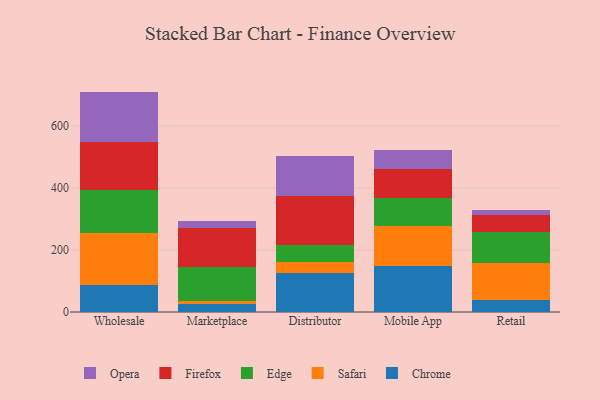
{"axis": {"x": "Channel", "y": "Waste Production (Tons)"}, "legend": ["Chrome", "Edge", "Firefox", "Opera", "Safari"], "data": [{"x": "Wholesale", "y": 87.0, "type": "Chrome"}, {"x": "Wholesale", "y": 168.6, "type": "Safari"}, {"x": "Wholesale", "y": 139.2, "type": "Edge"}, {"x": "Wholesale", "y": 152.4, "type": "Firefox"}, {"x": "Wholesale", "y": 163.8, "type": "Opera"}, {"x": "Marketplace", "y": 27.0, "type": "Chrome"}, {"x": "Marketplace", "y": 9.2, "type": "Safari"}, {"x": "Marketplace", "y": 109.6, "type": "Edge"}, {"x": "Marketplace", "y": 124.4, "type": "Firefox"}, {"x": "Marketplace", "y": 22.2, "type": "Opera"}, {"x": "Distributor", "y": 126.1, "type": "Chrome"}, {"x": "Distributor", "y": 36.3, "type": "Safari"}, {"x": "Distributor", "y": 54.3, "type": "Edge"}, {"x": "Distributor", "y": 157.4, "type": "Firefox"}, {"x": "Distributor", "y": 130.3, "type": "Opera"}, {"x": "Mobile App", "y": 147.8, "type": "Chrome"}, {"x": "Mobile App", "y": 131.1, "type": "Safari"}, {"x": "Mobile App", "y": 87.9, "type": "Edge"}, {"x": "Mobile App", "y": 95.9, "type": "Firefox"}, {"x": "Mobile App", "y": 59.7, "type": "Opera"}, {"x": "Retail", "y": 39.7, "type": "Chrome"}, {"x": "Retail", "y": 117.0, "type": "Safari"}, {"x": "Retail", "y": 101.1, "type": "Edge"}, {"x": "Retail", "y": 54.5, "type": "Firefox"}, {"x": "Retail", "y": 18.3, "type": "Opera"}]}